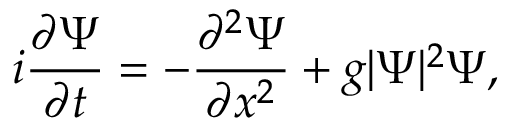
i \frac { \partial \Psi } { \partial t } = - \frac { \partial ^ { 2 } \Psi } { \partial x ^ { 2 } } + g | \Psi | ^ { 2 } \Psi ,